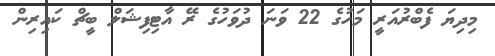
މިދިޔަ ފެބްރުއަރީ މަހުގެ 22 ވަނަ ދުވަހުގެ ރޭ އާޓިފިޝަލް ބީޗް ކައިރިން